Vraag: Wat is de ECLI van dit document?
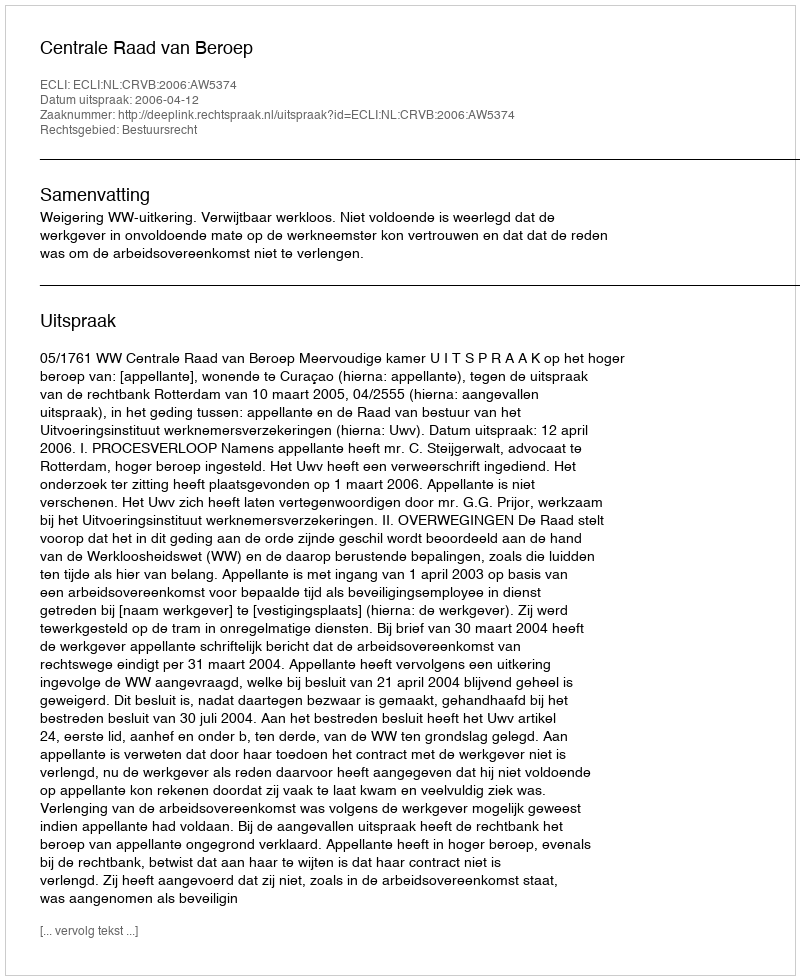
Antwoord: ECLI:NL:CRVB:2006:AW5374